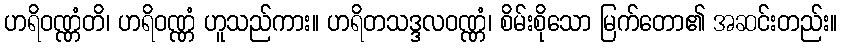
ဟရိဝဏ္ဏံတိ၊ ဟရိဝဏ္ဏံ ဟူသည်ကား။ ဟရိတသဒ္ဒလဝဏ္ဏံ၊ စိမ်းစိုသော မြက်တော၏ အဆင်းတည်း။